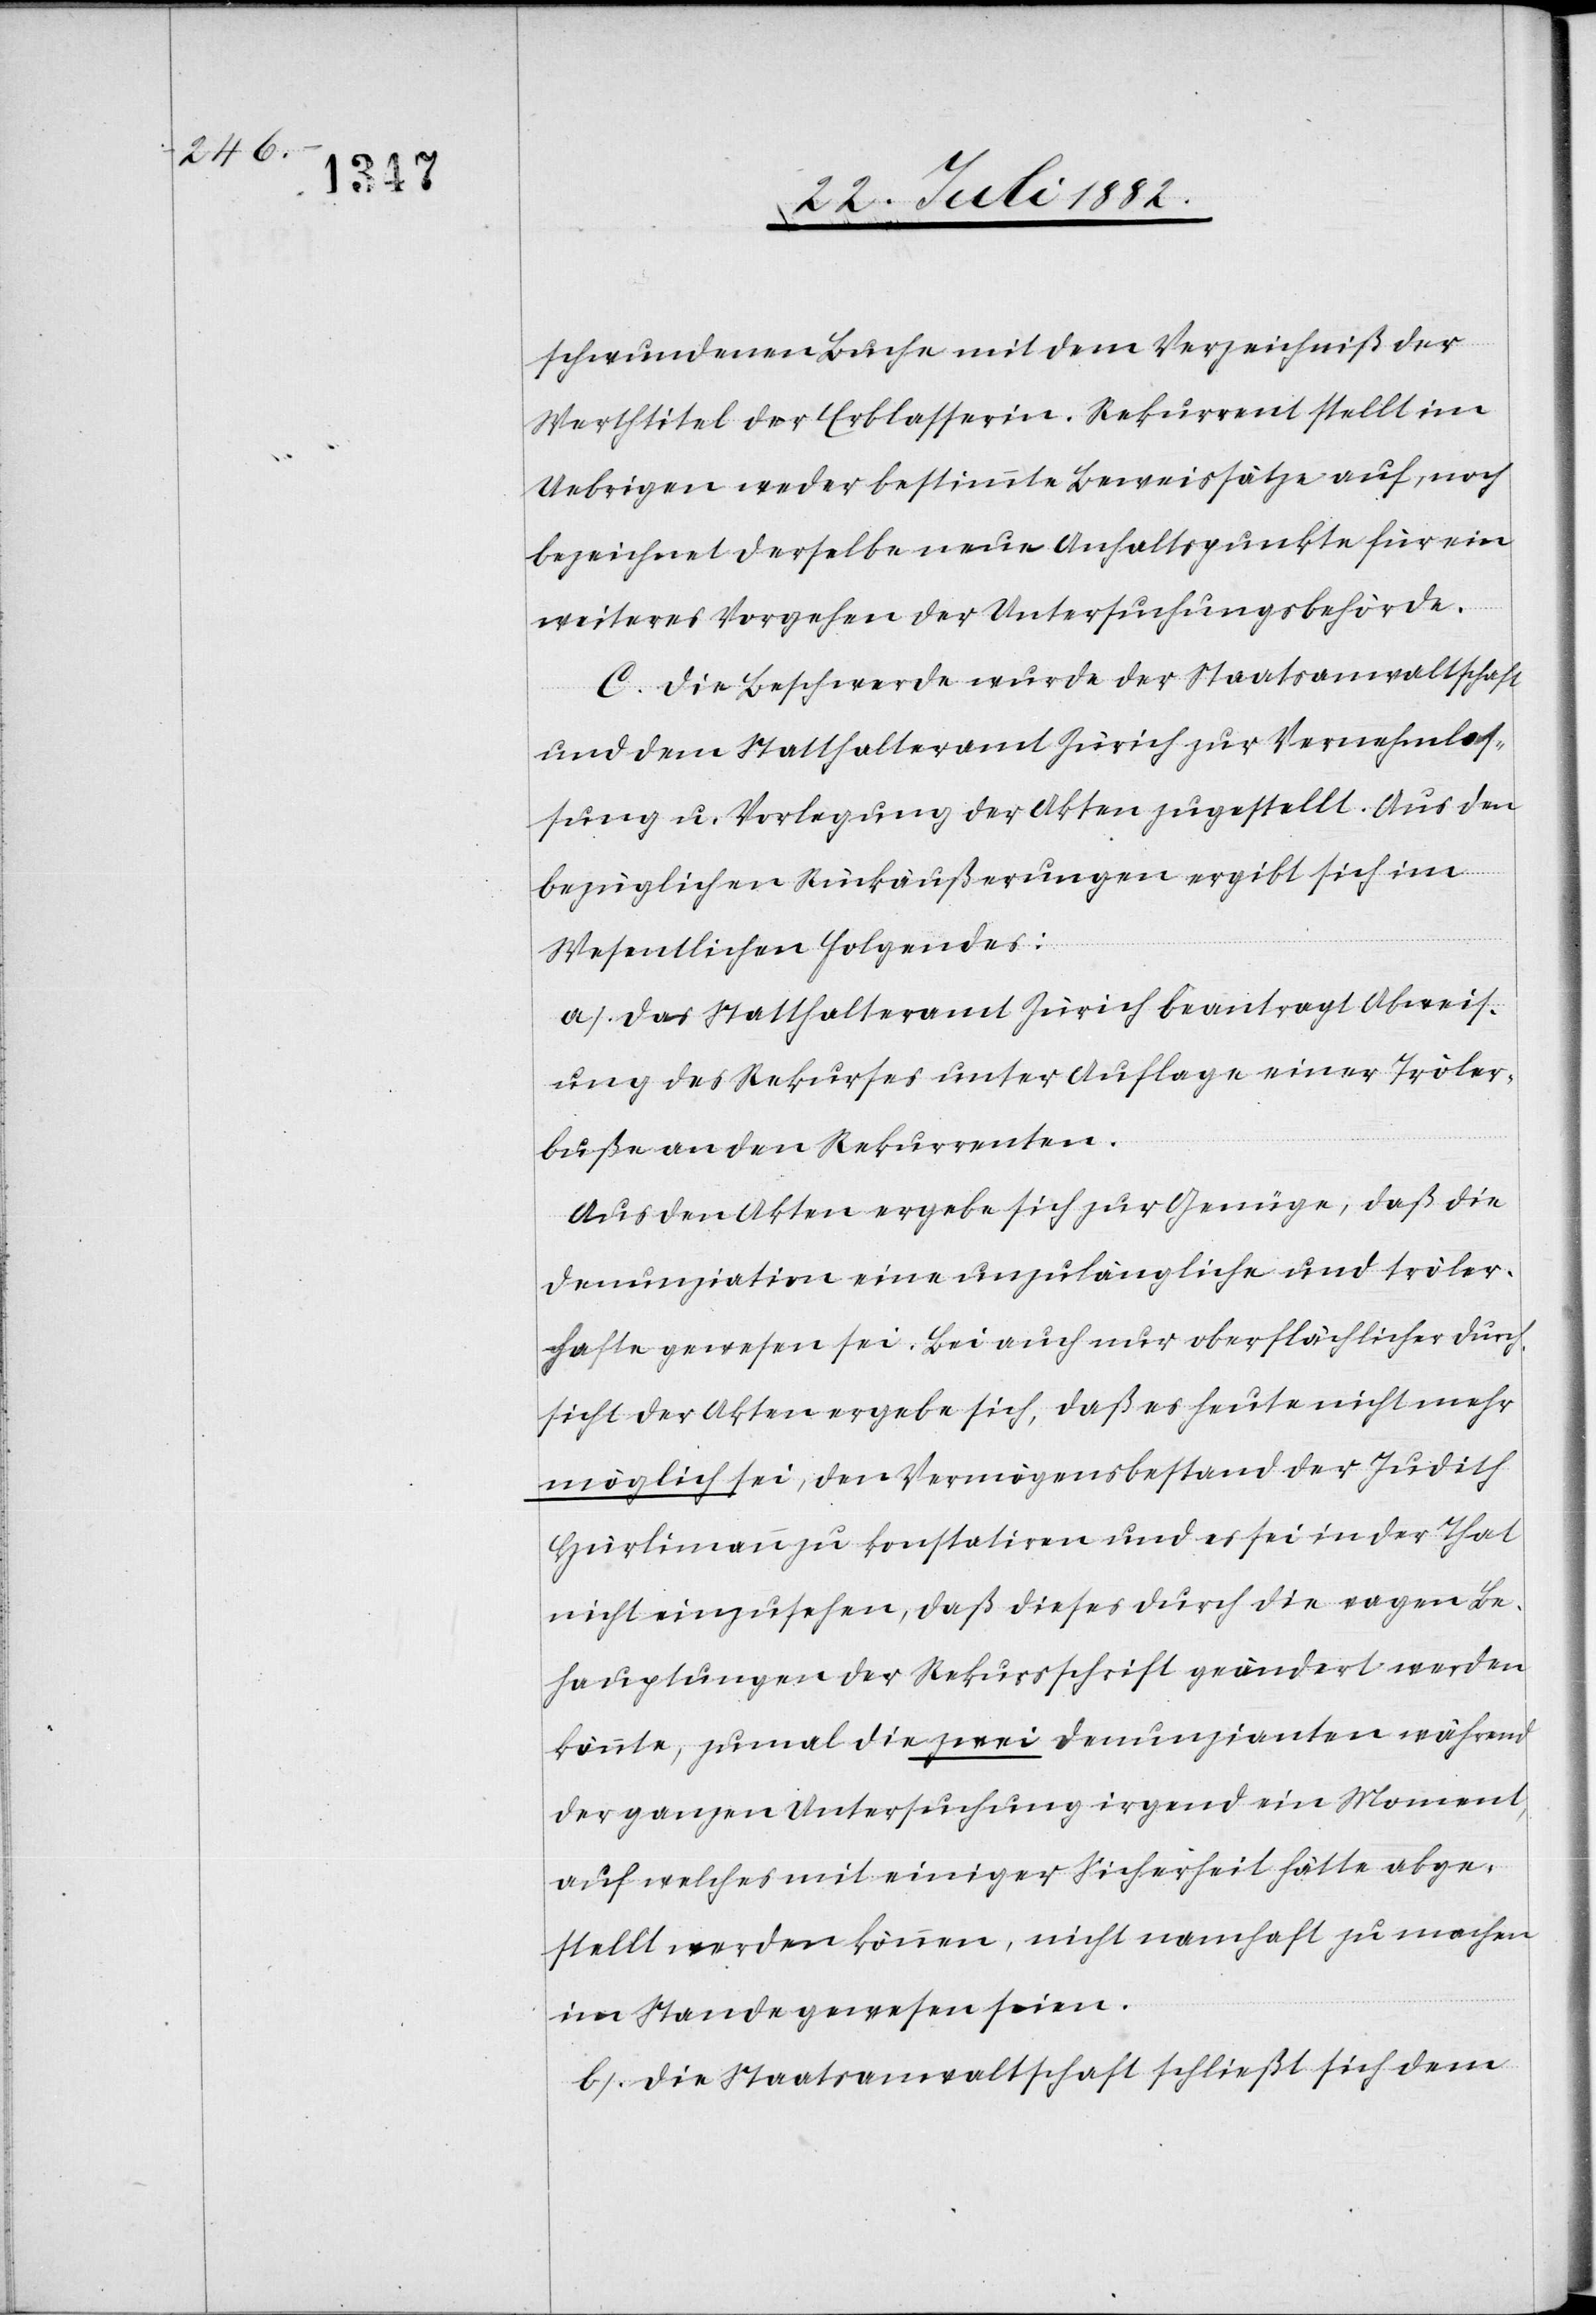
schwundenen Buche mit dem Verzeichniß der
Werthtitel der Erblasserin. Rekurrent stellt im
Uebrigen weder bestimmte Beweissätze auf, noch
bezeichnet derselbe neue Anhaltspunkte für ein
weiteres Vorgehen der Untersuchungsbehörde.
C. Die Beschwerde wurde der Staatsanwaltschaft
und dem Statthalteramt Zürich zur Vernehmlas¬
sung u. Vorlegung der Akten zugestellt. Aus den
bezüglichen Rückäußerungen ergibt sich im
Wesentlichen Folgendes:
a) Das Statthalteramt Zürich beantragt Abweis¬
ung des Rekurses unter Auflage einer Tröler¬
buße an den Rekurrenten.
Aus den Akten ergebe sich zur Genüge, daß die
Denunziation eine unzulängliche und tröler¬
hafte gewesen sei. Bei auch nur oberflächlicher Durch¬
sicht der Akten ergebe sich, daß es heute nicht mehr
möglich sei, den Vermögensbestand der Judith
Hürlimann zu konstatiren und es sei in der That
nicht einzusehen, daß dieses durch die vagen Be¬
hauptungen der Rekursschrift geändert werden
könnte, zumal die zwei Denunzianten während
der ganzen Untersuchung irgend ein Moment,
auf welches mit einiger Sicherheit hätte abge¬
stellt werden können, nicht namhaft zu machen
im Stande gewesen seien.
b) Die Staatsanwaltschaft schließt sich dem